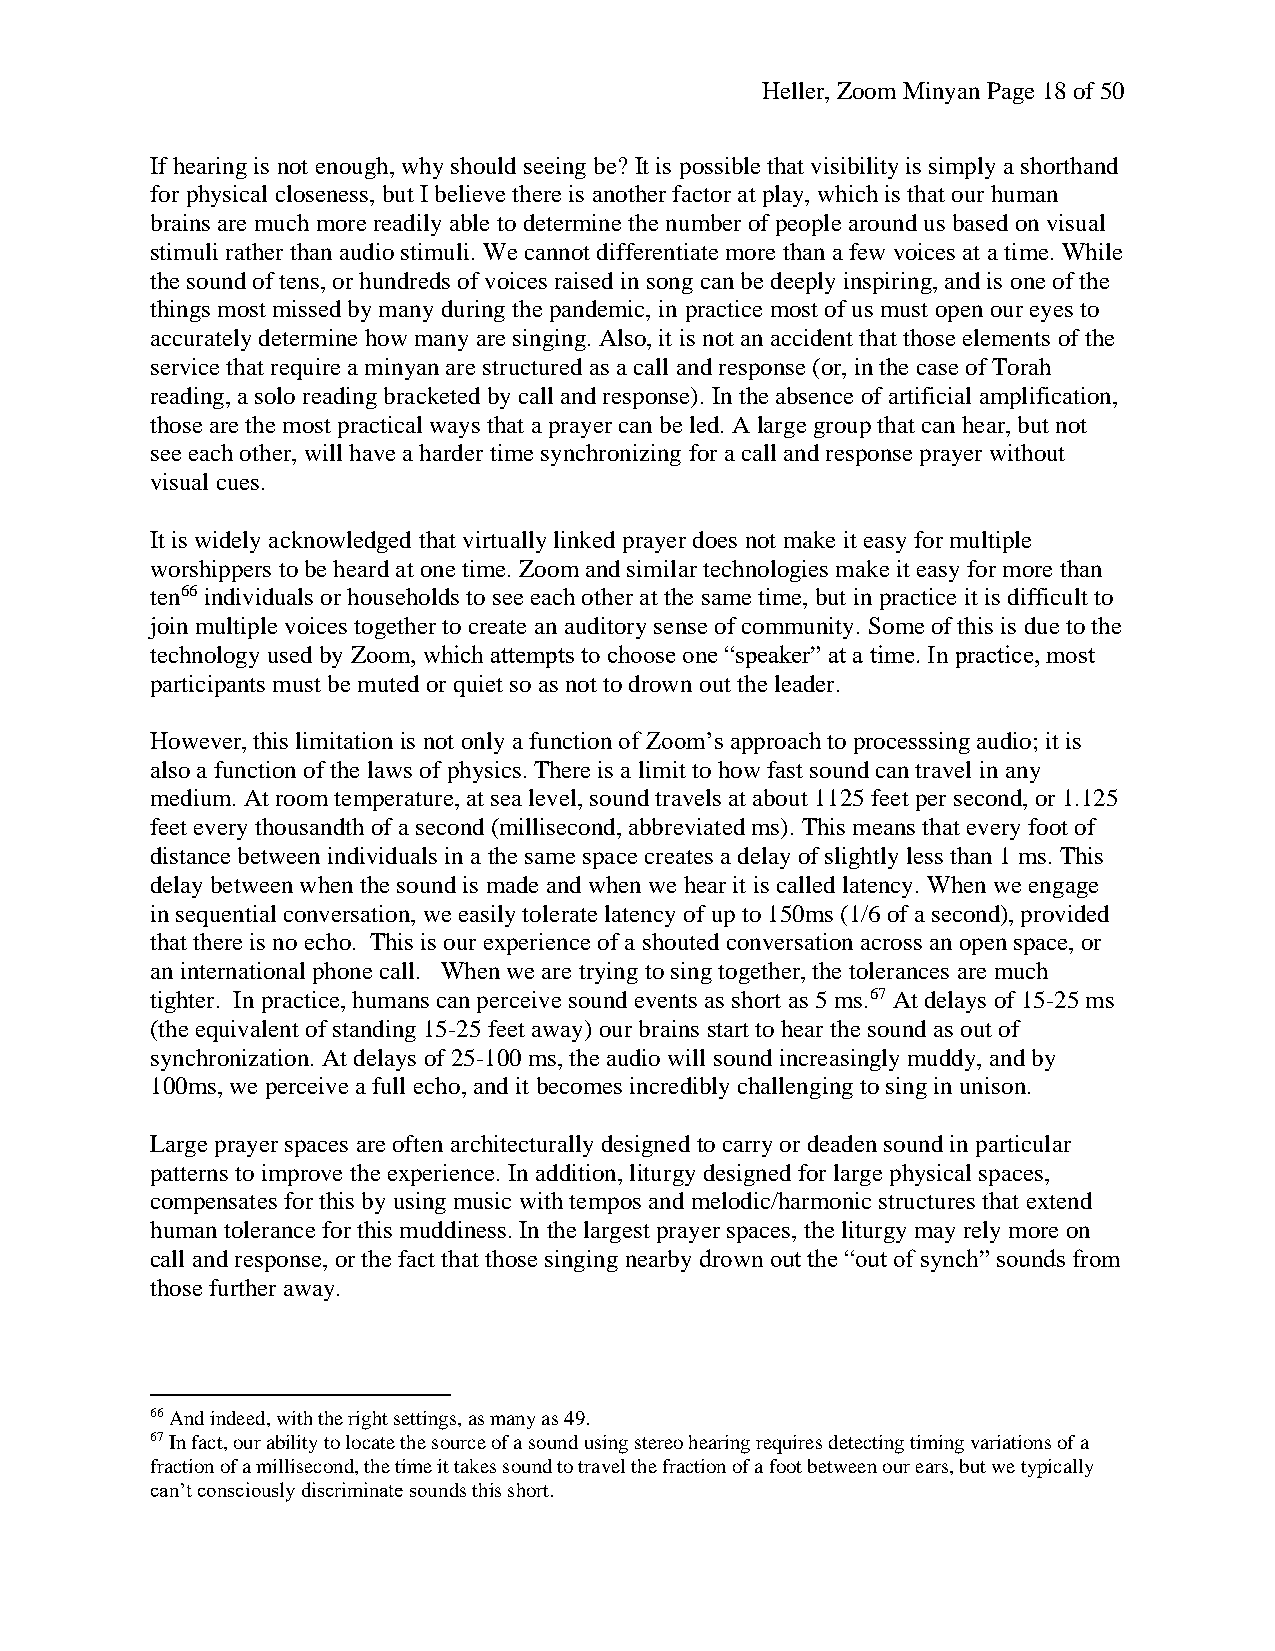
Heller, Zoom Minyan Page 18 of 50
 If hearing is not enough, why should seeing be? It is possible that visibility is simply a shorthand
 for physical closeness, but I believe there is another factor at play, which is that our human
 brains are much more readily able to determine the number of people around us based on visual
 stimuli rather than audio stimuli. We cannot differentiate more than a few voices at a time. While
 the sound of tens, or hundreds of voices raised in song can be deeply inspiring, and is one of the
 things most missed by many during the pandemic, in practice most of us must open our eyes to
 accurately determine how many are singing. Also, it is not an accident that those elements of the
 service that require a minyan are structured as a call and response (or, in the case of Torah
 reading, a solo reading bracketed by call and response). In the absence of artificial amplification,
 those are the most practical ways that a prayer can be led. A large group that can hear, but not
 see each other, will have a harder time synchronizing for a call and response prayer without
 visual cues.
 It is widely acknowledged that virtually linked prayer does not make it easy for multiple
 worshippers to be heard at one time. Zoom and similar technologies make it easy for more than
 ten66 individuals or households to see each other at the same time, but in practice it is difficult to
 join multiple voices together to create an auditory sense of community. Some of this is due to the
 technology used by Zoom, which attempts to choose one “speaker” at a time. In practice, most
 participants must be muted or quiet so as not to drown out the leader.
 However, this limitation is not only a function of Zoom’s approach to processsing audio; it is
 also a function of the laws of physics. There is a limit to how fast sound can travel in any
 medium. At room temperature, at sea level, sound travels at about 1125 feet per second, or 1.125
 feet every thousandth of a second (millisecond, abbreviated ms). This means that every foot of
 distance between individuals in a the same space creates a delay of slightly less than 1 ms. This
 delay between when the sound is made and when we hear it is called latency. When we engage
 in sequential conversation, we easily tolerate latency of up to 150ms (1/6 of a second), provided
 that there is no echo. This is our experience of a shouted conversation across an open space, or
 an international phone call. When we are trying to sing together, the tolerances are much
 tighter. In practice, humans can perceive sound events as short as 5 ms.67 At delays of 15-25 ms
 (the equivalent of standing 15-25 feet away) our brains start to hear the sound as out of
 synchronization. At delays of 25-100 ms, the audio will sound increasingly muddy, and by
 100ms, we perceive a full echo, and it becomes incredibly challenging to sing in unison.
 Large prayer spaces are often architecturally designed to carry or deaden sound in particular
 patterns to improve the experience. In addition, liturgy designed for large physical spaces,
 compensates for this by using music with tempos and melodic/harmonic structures that extend
 human tolerance for this muddiness. In the largest prayer spaces, the liturgy may rely more on
 call and response, or the fact that those singing nearby drown out the “out of synch” sounds from
 those further away.
 66 And indeed, with the right settings, as many as 49.
 67 In fact, our ability to locate the source of a sound using stereo hearing requires detecting timing variations of a
 fraction of a millisecond, the time it takes sound to travel the fraction of a foot between our ears, but we typically
 can’t consciously discriminate sounds this short.